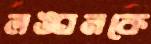
লঙ্ঘনকে